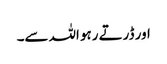
اور ڈرتے رہو اللہ سے۔